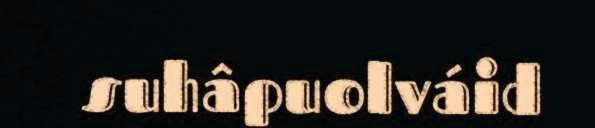
suhâpuolváid